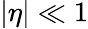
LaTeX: |\eta|\ll 1